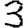
Digit: 3